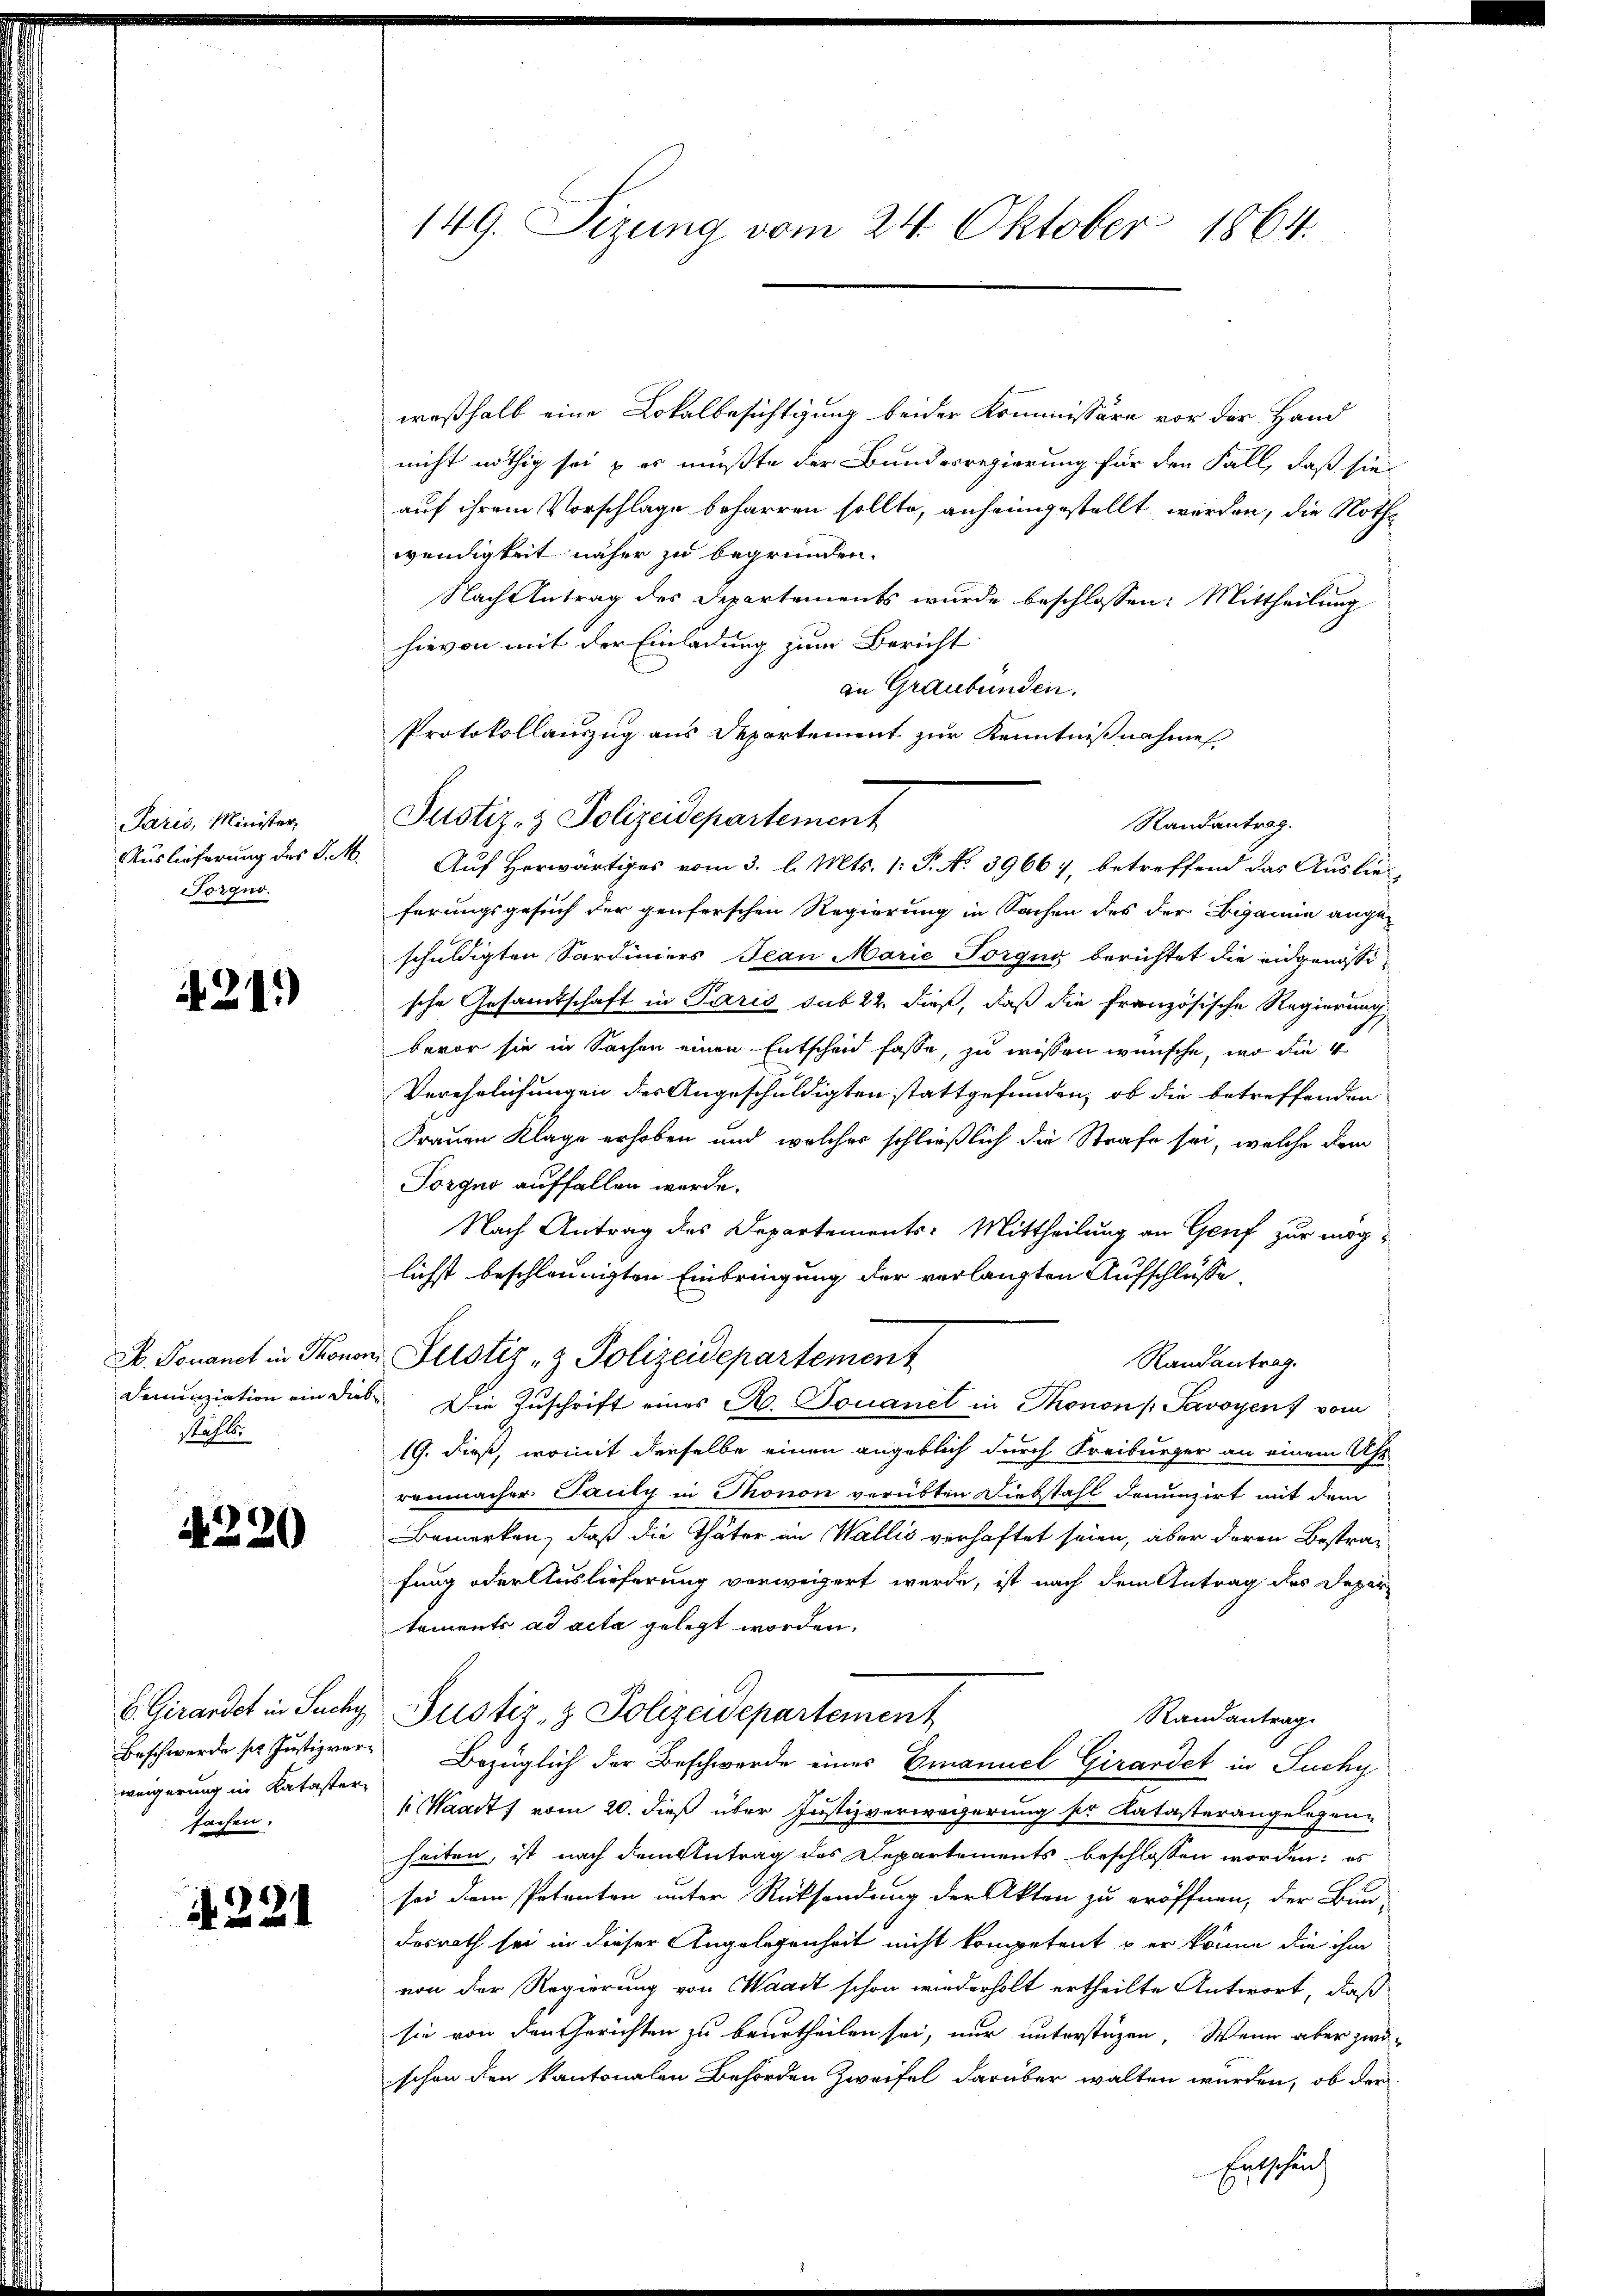
Paris, Minister
Auslieferung des P. M.
Forgno.

21.)

S. Pouanet in Thonor
Denunziation ein dies
Staffler

A 220

E. Girardet in Suchy
Beschwerde sr Justizver
weigerung in Kataster
fachen.

A221

149. Sizung vom 24. Oktober 1864.

weßhalb eine Lokalbesichtigung beider Kommissäre vor der Hand
nicht nöthig sei u es müßte der Bundesregierung für den Fall, daß sie
auf ihrem Vorschlage beharren sollte, anheimgestellt werden, die Nothe
wendigkeit näher zu begründen.
Nach Antrag des Departements wurde beschlossen: Mittheilung
hievon mit der Einladung zum Bericht
an Graubünden.
Protokollauszug aus Departement zur Kenntnißnahme
Justiz- & Polizeidepartement
Randantrag.
Auf Herwärtiges vom 3. l. Mts. 1: P. No 3966), betreffend das Auslieferungsgesuch der genferschen Regierung in Sachen des der Beganne angeschuldigten Sardiniers Jean Marie Porgug berichtet die eidgenössische Gesamtschaft in Paris sub 22. dieß, daß die französische Regierung,
bevor sie in Sachen einen Entscheid fasse, zu wissen wünsche, wo die 4
Verehrlichungen des Angeschuldigten stattgefunden, ob die betreffenden
Frauen Klage erhoben und welches schließlich die Strafe sei, welche dem
Porgno auffallen werde.
Nach Antrag des Departements-Mittheilung an Genf zur möglichst beschleunigten Einbringung der verlangten Aufschlüsse,
i Justiz- & Polizeidepartement
Randantrag.
5. Die Zuschrift eines A. Touanet in Thonon Savoyens vom
19. dieß, womit derselbe einen angeblich durch Freiburger an einem Ufe
renmacher Pauly in Monon verübten Diebstahl denunzirt mit dem
Bemerken, daß die Thäter im Wallis verhaftet seien, aber deren Bestrafung oder Auslieferung verweigert werde, ist nach dem Antrag des Depar
tements ad acta gelegt worden.
Justiz- & Polizeidepartement
Randantrag.
Bezüglich der Beschwerde eines Emanuel Girardet in Suchy
saadt, vom 20. dieß über Justizverwegerung der Katasterangelegen-
heiten, ist nach dem Antrag des Departements beschlossen worden; es
sei dem Petenten unter Rücksendung der Akten zu eröffnen, der Bun-
desrath sei in dieser Angelegenheit nicht kompetent o er könne die ihm
von der Regierung von Waadt schon wiederholt ertheilte Antwort, daß
sie von den Gerichten zu beurtheilen sei, nur unterstüzen. Wenn aber zwi-
schon den kantonalen Behörden Zweifel darüber walten würden, ob der
Entscheid